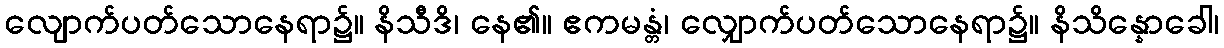
လျောက်ပတ်သောနေရာ၌။ နိသီဒိ၊ နေ၏။ ဧကမန္တံ၊ လျှောက်ပတ်သောနေရာ၌။ နိသိန္နောခေါ၊